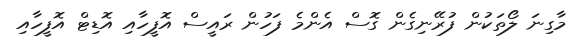
މާގިނަ ލޯތަކުން ފުރޭނިގެން ގޮސް އެންމެ ފަހުން ރައީސް އޮފީހާއި އޮޑިޓް އޮފީހާއި